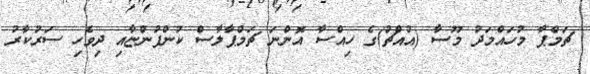
ޗަމްޕާ މުހައްމަދު މޫސާ (އުއްޗު)ގެ ހިއްސާ އޮންނަ ޗަމްޕާލާސް ކުންފުންޏާއި ދިވެހި ސަރުކާރު